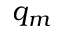
q _ { m }